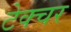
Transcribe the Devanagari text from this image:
टेक्चर